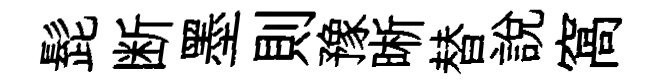
髭断墨則豫晰替說窩